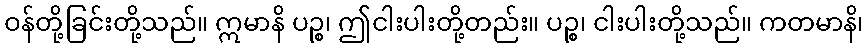
ဝန်တို့ခြင်းတို့သည်။ ဣမာနိ ပဉ္စ၊ ဤငါးပါးတို့တည်း။ ပဉ္စ၊ ငါးပါးတို့သည်။ ကတမာနိ၊